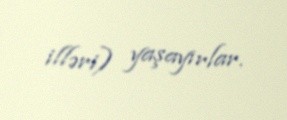
illəri) yaşayırlar.